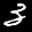
Label: 3